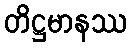
တိဋ္ဌမာနဿ